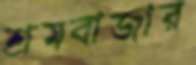
শ্রমবাজার